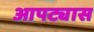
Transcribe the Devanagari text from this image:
आपट्यास